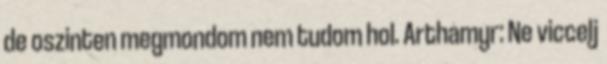
de oszinten megmondom nem tudom hol. Arthamyr: Ne viccelj